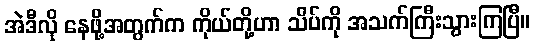
အဲဒီလို နေဖို့အတွက်က ကိုယ်တို့ဟာ သိပ်ကို အသက်ကြီးသွားကြပြီ။